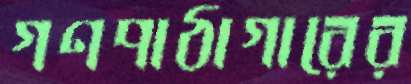
গণপাঠাগারের